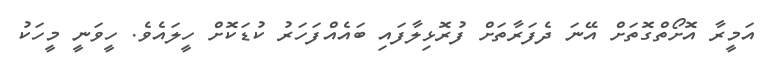
އަމީރާ އޮށޯތްގޮތަށް އޭނަ ދެފަރާތަށް ފުރޮޅިލާފައި ބައެއްފަހަރު ކުޑަކޮށް ހީލައެވެ. ހީވަނީ މީހަކު